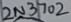
Text: 2N3702